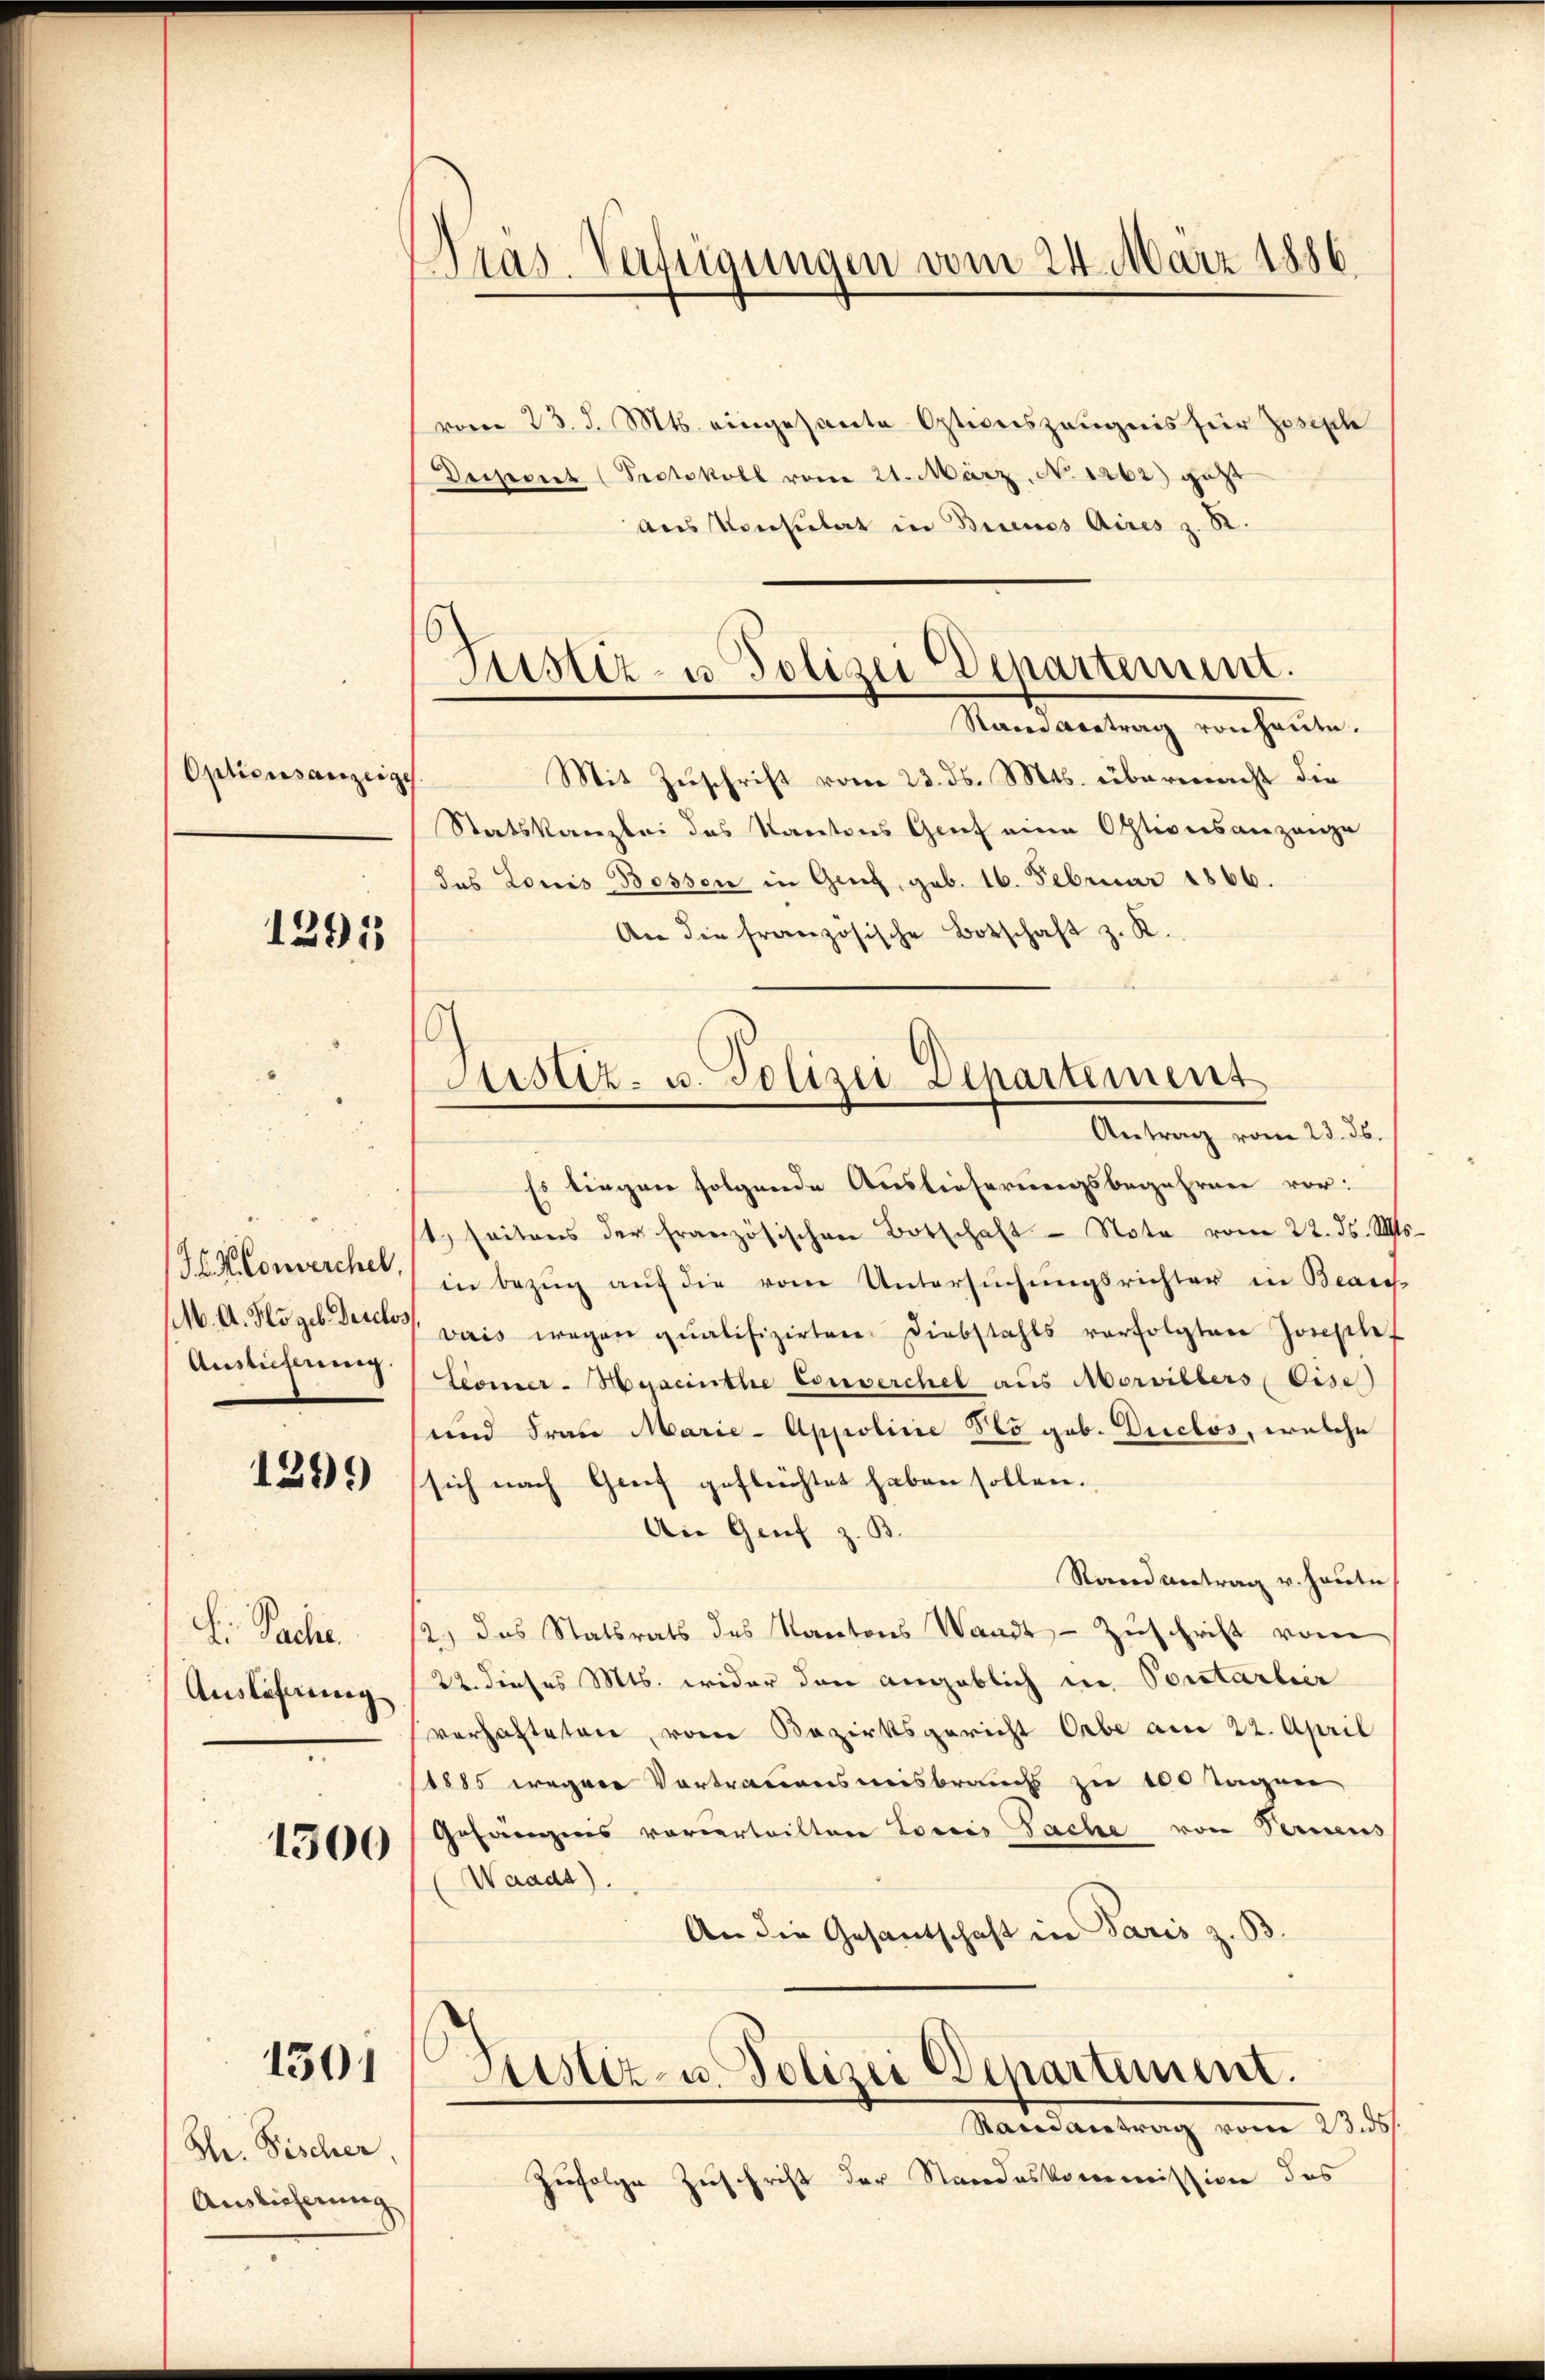
Optionsanzeige

1295

K. Converehel
M. A. Kogeb. Derel
Auslieferung

1299

Si Sache.
Auslehnung

1300

Hr. Fischer.
Auslieferung

1301

Dräs. Verfügungen vom 24. März 1886

6
Justiz- u. Polizei Departement.
Sauer vertrag von heute.

vom 23. d. Mts. eingesante Optionszeugnis für Joseph
Dersecret (Protokoll vom 21. März, No 1262) geht
aus Konsulat in Buenos Aires z. B
Mit Zuschrift vom 23. ds. Mts. übermacht die
Statskanzlei des Kantons Genf eine Optionsangange
das Louis Bossen in Genf, geb. 16. Februar 1866.
An die französische Botschaft z. K.
G
Es liegen folgende Auslieferungsbegehren vor:
t. seitens der französischen Botschaft - Note vom 22. ds. VI.
in Bezŭg aŭf die vom Untersŭchŭngsrichter in Beach
vais wegen qualifizirten Diebstahls verfolgten Josephe
Leomer-Hyscinthe Couverchel aus Morvillers Eise
und Frau Marie-Appoline Sto geb. Duclos, welche
sich nach Greif geflrichtet haben sollen.
An Genf z. B.
Stand antrag v. heute
2.) Das Statsrats des Kantons Waadt Zŭschrift vom
22. dieses Mts. wider den angeblich in Portartier
verhafteten, vom Bezirksgericht Orbe am 22. April
1885 wegen Vortrauensmisbrauchs zu 100 Tagen
Gefängnis vorderteiltene Loccis Sache von Seriens
(Waadt).
An die Gesandschaft in Paris z. B
Justiz- u. Polizei Departement.
Mandantrag vom 23. d.
Zufolge Zuschrift der Standeskommission des

Sistiz- u. Polizei Departement
Antrag vom 23. ds.